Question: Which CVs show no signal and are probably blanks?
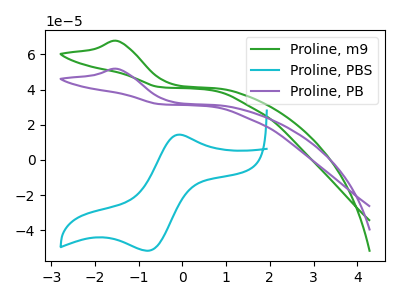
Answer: <think>The green curve "Proline, m9" has an anodic peak at: (-1.50V, 67.60uA). The cyan curve "Proline, PBS" has an anodic peak at (-0.10V, 14.40uA) and a cathodic peak at (-0.75V, -51.55uA). The purple curve "Proline, PB" has an anodic peak at: (-1.50V, 51.75uA).</think>
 <answer>There are not any CV's on this graph that are likely to be blanks.</answer>
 <eval>none</eval>